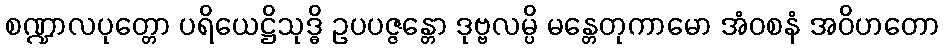
စဏ္ဍာလပုတ္တော ပရိယေဋ္ဌိသုဒ္ဓိ ဥပပဇ္ဇန္တော ဒုဗ္ဗလမ္ပိ မန္တေတုကာမော အံဝစနံ အဝိဟတော